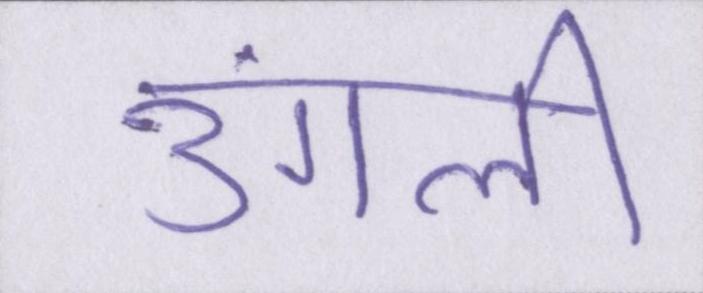
उंगली